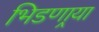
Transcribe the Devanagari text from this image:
भिडणार्‍या